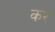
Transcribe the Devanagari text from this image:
कर